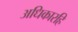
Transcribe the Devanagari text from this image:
अधिकारहि